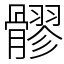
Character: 髎